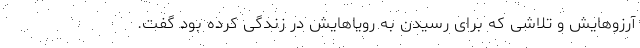
آرزوهایش و تلاشی که برای رسیدن به رویاهایش در زندگی کرده بود گفت.